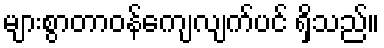
များစွာတာဝန်ကျေလျက်ပင် ရှိသည်။